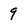
Character: 9